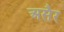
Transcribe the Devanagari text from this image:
असैर